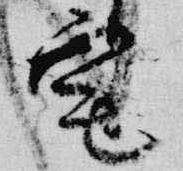
宅